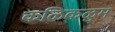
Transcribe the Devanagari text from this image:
कळिकळुम